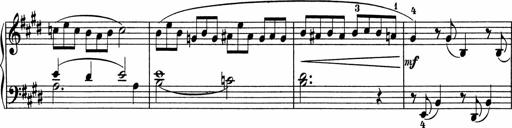
Title: 5 Sonatinen fÃ¼r die Jugend
Composer: Carl Reinecke